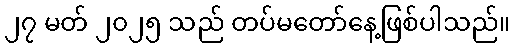
၂၇ မတ် ၂၀၂၅ သည် တပ်မတော်နေ့ဖြစ်ပါသည်။